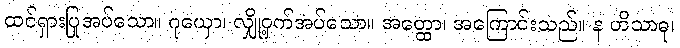
ထင်ရှားပြုအပ်သော။ ဂုယှော၊ လျှို့ဝှက်အပ်သော။ အတ္ထော၊ အကြောင်းသည်။ န ဟိသာဓု၊